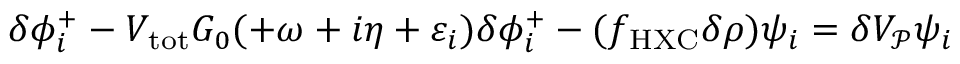
\begin{array} { r } { \delta \phi _ { i } ^ { + } - V _ { \mathrm { t o t } } G _ { 0 } ( + \omega + i \eta + \varepsilon _ { i } ) \delta \phi _ { i } ^ { + } - ( f _ { \mathrm { H X C } } \delta \rho ) \psi _ { i } = \delta V _ { \mathcal P } \psi _ { i } } \end{array}